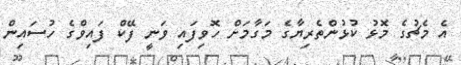
އެ މެޗުގެ މޮޅު ކުޅުންތެރިޔާގެ މަގާމަށް ހޮވިފައި ވަނީ ފޭކް ފައިވްގެ ހުސައިން